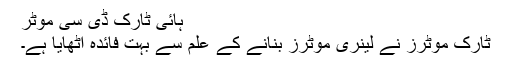
ہائی ٹارک ڈی سی موٹر
ٹارک موٹرز نے لینری موٹرز بنانے کے علم سے بہت فائدہ اٹھایا ہے۔